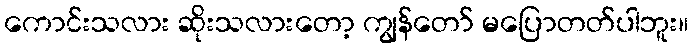
ကောင်းသလား ဆိုးသလားတော့ ကျွန်တော် မပြောတတ်ပါဘူး။